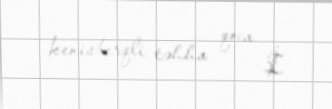
kenisberqli təhha qoca İ.